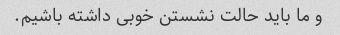
و ما باید حالت نشستن خوبی داشته باشیم.